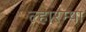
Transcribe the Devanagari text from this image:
ल्हारम्पा